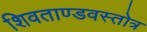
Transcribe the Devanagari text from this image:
शिवताण्डवस्तोत्र